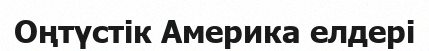
Оңтүстік Америка елдері